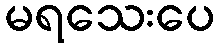
မရသေးပေ